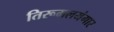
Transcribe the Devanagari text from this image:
तिरूमलयंगार